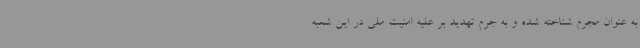
به عنوان مجرم شناخته شده و به جرم تهدید بر علیه امنیت ملی در این شعبه